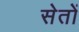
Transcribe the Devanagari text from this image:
सेतों